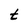
Character: t